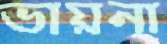
ভায়না